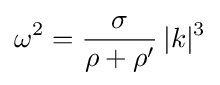
\omega ^{2}={\frac {\sigma }{\rho +\rho '}}\,|k|^{3}